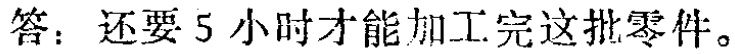
答：还要 5 小时才能加工完这批零件。